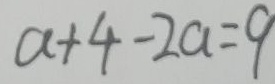
a + 4 - 2 a = 9